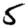
Digit: 5